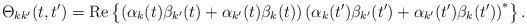
LaTeX: \begin{align*}\Theta _{kk^{\prime }}(t,t^{\prime })={\rm Re}\left\{ \left( \alpha_k(t)\beta _{k^{\prime }}(t)+\alpha _{k^{\prime }}(t)\beta _k(t)\right)\left( \alpha _k(t^{\prime })\beta _{k^{\prime }}(t^{\prime })+\alpha_{k^{\prime }}(t^{\prime })\beta _k(t^{\prime })\right) ^{*}\right\} .\end{align*}